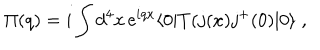
\Pi ( q ) = i \int d ^ { 4 } x \, \mathrm { e } ^ { i q x } \langle 0 | T ( j ( x ) j ^ { + } ( 0 ) | 0 \rangle \; ,